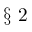
\S ~ 2